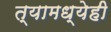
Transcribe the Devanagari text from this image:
त्यामध्येही